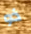
ذو